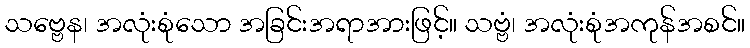
သဗ္ဗေန၊ အလုံးစုံသော အခြင်းအရာအားဖြင့်။ သဗ္ဗံ၊ အလုံးစုံအကုန်အစင်။